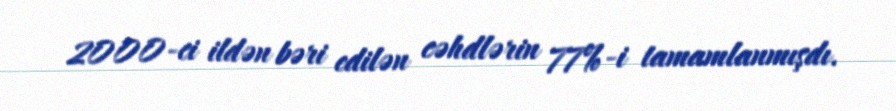
2000-ci ildən bəri edilən cəhdlərin 77%-i tamamlanmışdı.